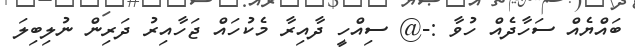
ބައްޔެއް ސަހާދެއް ހުވާ :-@ ސިއްހީ ދާއިރާ މެކުހައް ޖަހާއިރު ދަރިން ނުލިބިލަ